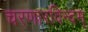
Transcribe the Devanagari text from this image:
चरणारविन्दम्